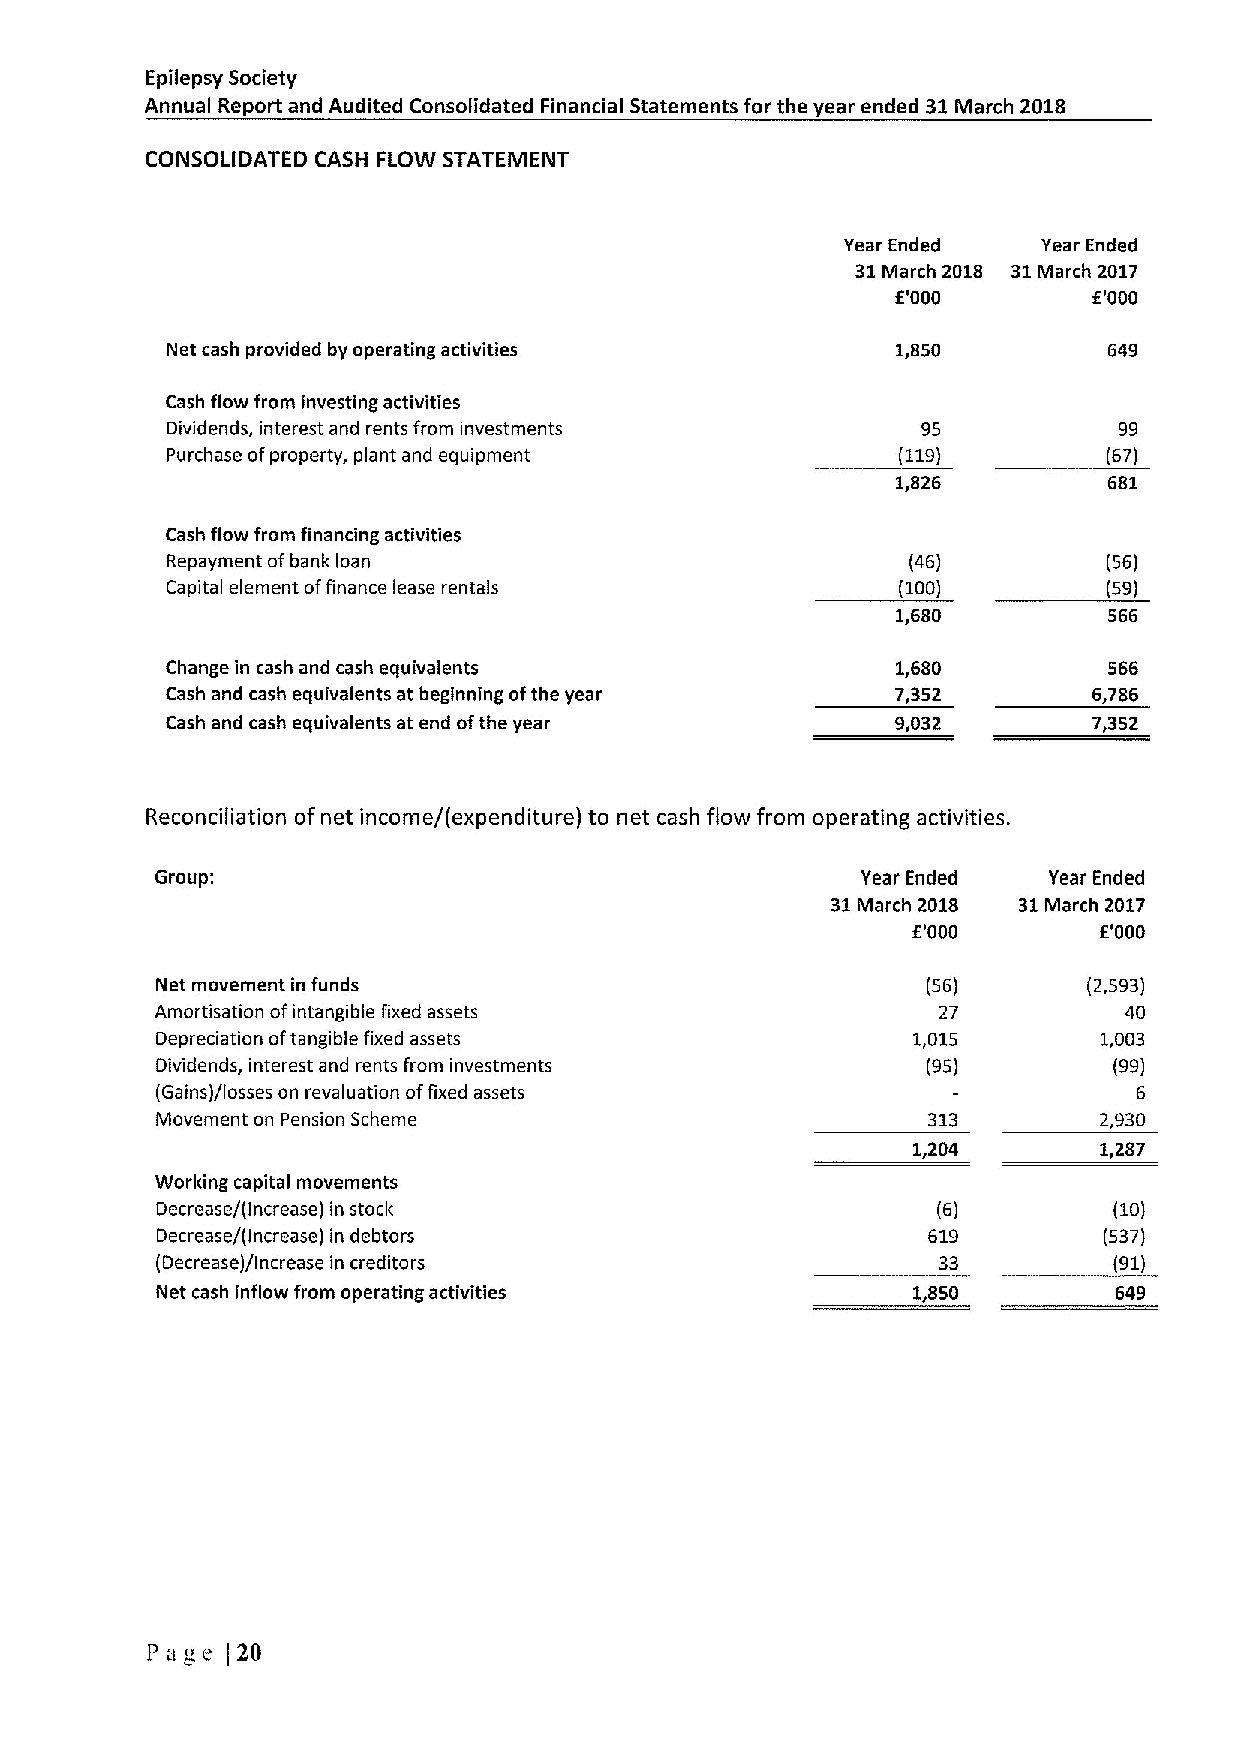
Epilepsy Society
 Annual Report and Audited Consolidated Financial Statements for the year ended 31Ivlarch 2018
 CONSOLIDATED CASH FLOW STATEMENT
 Year Ended   Year Ended
 31March 2018 31March 2017
 f'000        f'000
 Net cash provided by operating activities       1,850         649
 Cash flow from investing activities
 Dividends, interest and rents from investments    95           99
 Purchase ofproperty, plant and equipment        (119)         (67)
 1,826         681
 Cash flow from financing activities
 Repayment ofbank loan                            (46)         (56)
 Capital element offinance lease rentals         (100)         (59)
 1,680         566
 Change in cash and cash equivalents             1,680         566
 Cash and cash equivalents at beginning ofthe year 7,352      6,786
 Cash and cash equivalents at end ofthe year     9,032        7,352
 Reconciliation ofnet income/(expenditure) to net cash flow from operating activities.
 Group:                                         YearEnded   Year Ended
 31March 2018 31March 2017
 f'000        f'000
 Net movement in funds                              (56)       (2,593)
 Amortisation ofintangible fixed assets              27          40
 Depreciation oftangible fixed assets              1,015        1,003
 Dividends, interest and rents from investments     (95)         (99)
 (Gains)/losses on revaluation offixed assets                     6
 Movement on Pension Scheme                         313         2,930
 1,204        1,287
 Working capital movements
 Decrease/(Increase) in stock                        (6)         (10)
 Decrease/(Increase) in debtors                     619         (537)
 (Decrease)/Increase in creditors                    33          (91)
 Net cash inflow from operating activities         1,850         649
 Page )20